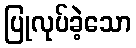
ပြုလုပ်ခဲ့သော